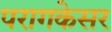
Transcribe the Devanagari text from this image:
परागकेसर